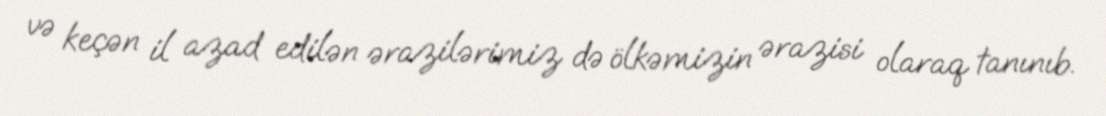
və keçən il azad edilən ərazilərimiz də ölkəmizin ərazisi olaraq tanınıb.